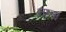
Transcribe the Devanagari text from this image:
तान।